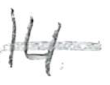
Text: 14
Cross-out: single-line
Writing tool: pencil